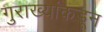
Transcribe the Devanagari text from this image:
गुराख्यांकडून